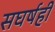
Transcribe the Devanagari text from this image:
सघर्षही